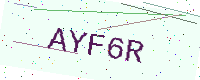
Text: AYF6R